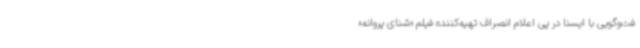
فت‌وگویی با ایسنا در پی اعلام انصراف تهیه‌کننده فیلم «شنای پروانه»